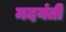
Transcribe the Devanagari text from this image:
मदयंती